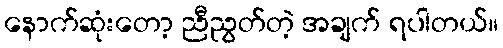
နောက်ဆုံးတော့ ညီညွတ်တဲ့ အချက် ရပါတယ်။